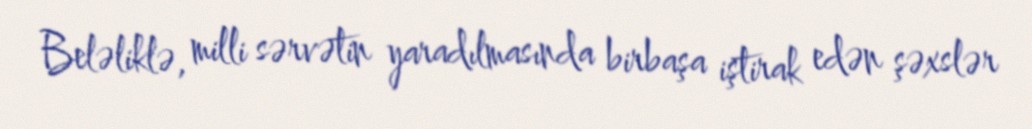
Beləliklə, milli sərvətin yaradılmasında birbaşa iştirak edən şəxslər